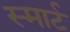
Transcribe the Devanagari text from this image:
स्‍मार्ट